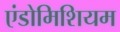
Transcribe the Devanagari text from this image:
एंडोमिशियम